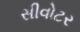
સીવોટર